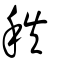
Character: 秩